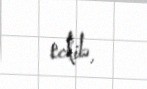
edib.